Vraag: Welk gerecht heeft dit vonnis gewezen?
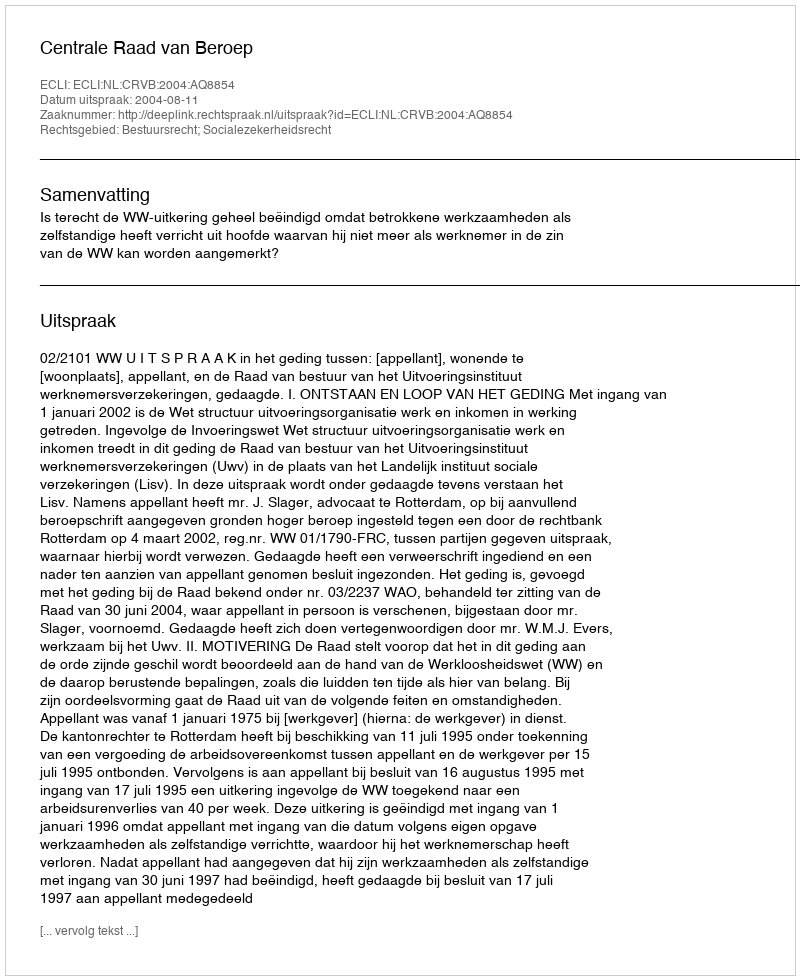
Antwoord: Centrale Raad van Beroep